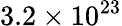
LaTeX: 3.2\times 10^{23}